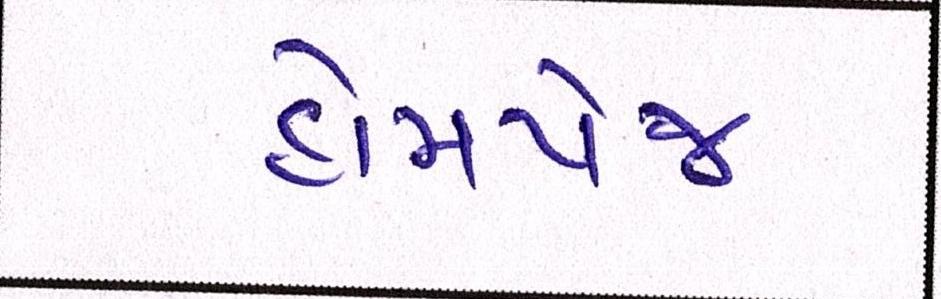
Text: હોમપેજ